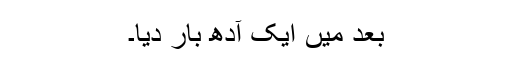
بعد میں ایک آدھ بار دیا۔